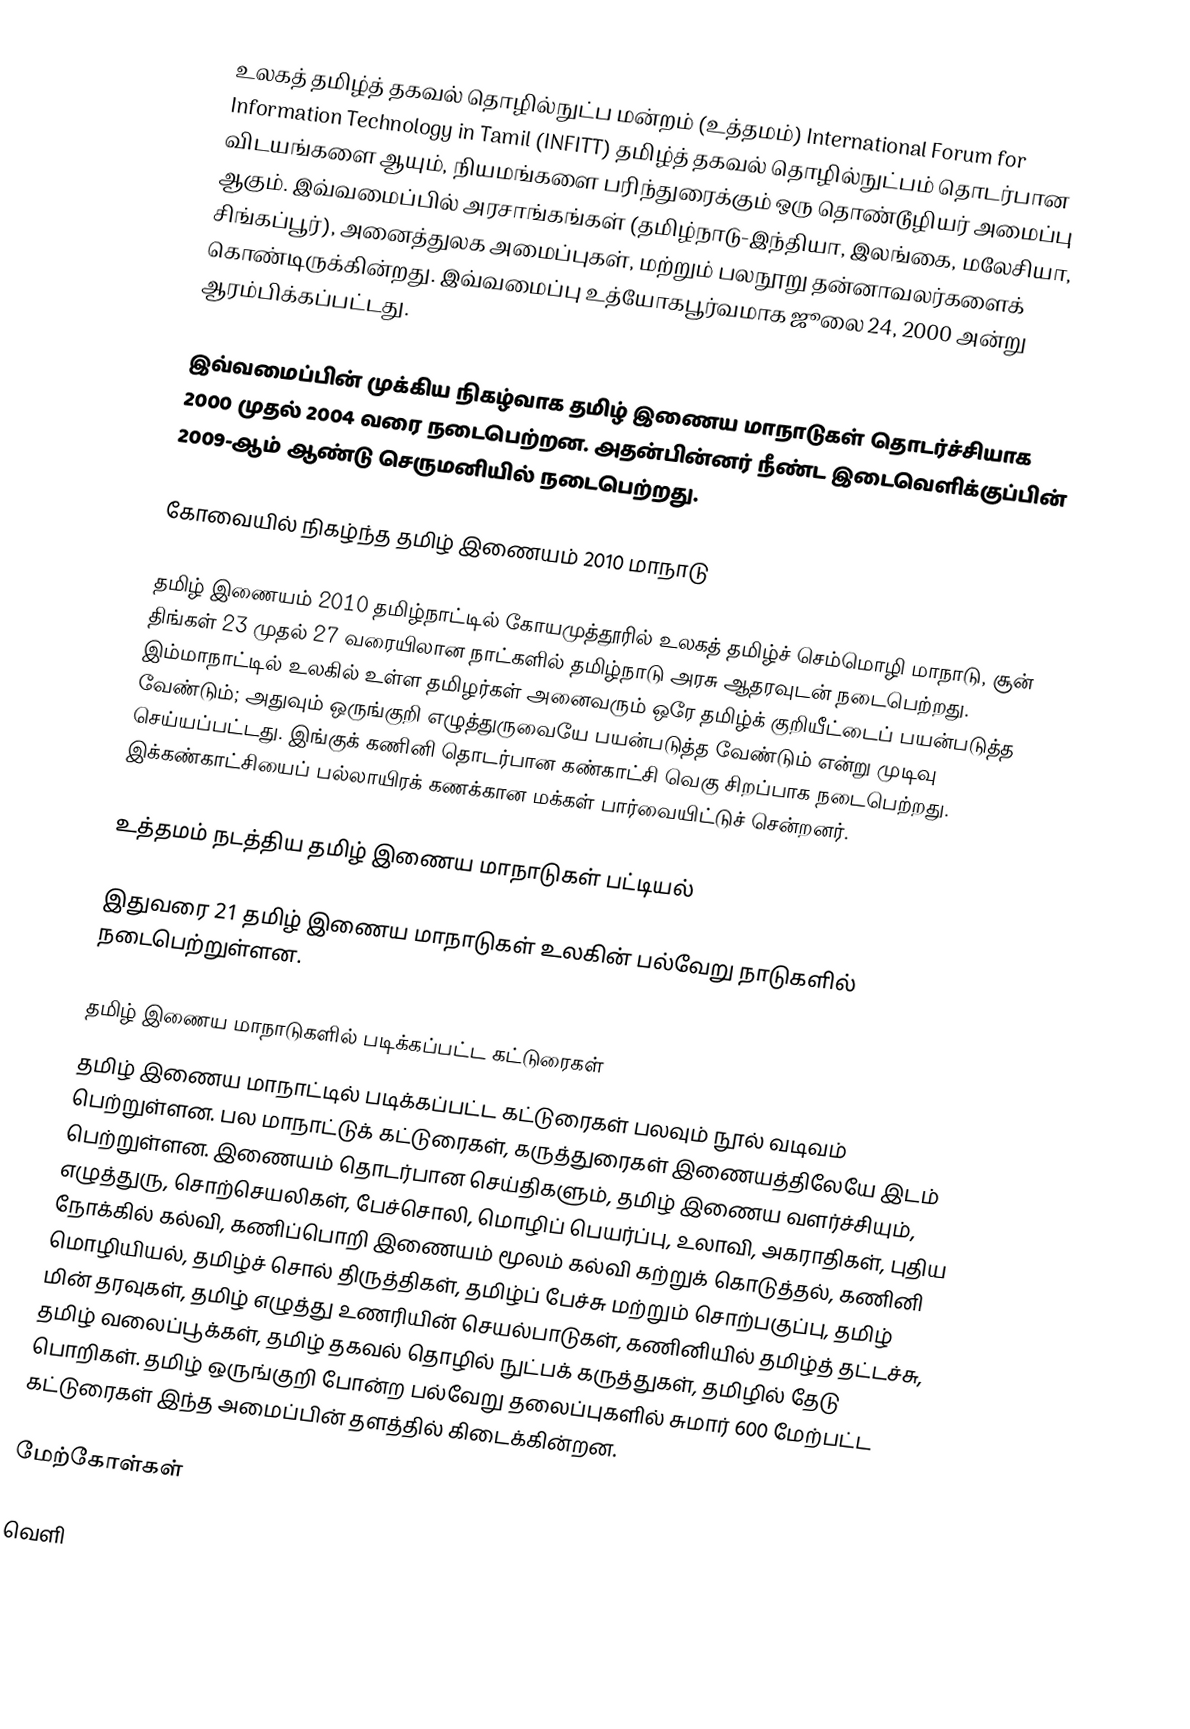
உலகத் தமிழ்த் தகவல் தொழில்நுட்ப மன்றம் (உத்தமம்) International Forum for Information Technology in Tamil (INFITT) தமிழ்த் தகவல் தொழில்நுட்பம் தொடர்பான விடயங்களை ஆயும், நியமங்களை பரிந்துரைக்கும் ஒரு தொண்டூழியர் அமைப்பு ஆகும்.  இவ்வமைப்பில் அரசாங்கங்கள் (தமிழ்நாடு-இந்தியா, இலங்கை, மலேசியா, சிங்கப்பூர்), அனைத்துலக அமைப்புகள், மற்றும் பலநூறு தன்னாவலர்களைக் கொண்டிருக்கின்றது.  இவ்வமைப்பு உத்யோகபூர்வமாக ஜூலை 24, 2000 அன்று ஆரம்பிக்கப்பட்டது.

இவ்வமைப்பின் முக்கிய நிகழ்வாக தமிழ் இணைய மாநாடுகள் தொடர்ச்சியாக 2000 முதல் 2004 வரை நடைபெற்றன.  அதன்பின்னர் நீண்ட இடைவெளிக்குப்பின் 2009-ஆம் ஆண்டு செருமனியில் நடைபெற்றது.

கோவையில் நிகழ்ந்த தமிழ் இணையம் 2010 மாநாடு

தமிழ் இணையம் 2010 தமிழ்நாட்டில் கோயமுத்தூரில் உலகத் தமிழ்ச் செம்மொழி மாநாடு, சூன் திங்கள் 23 முதல் 27 வரையிலான நாட்களில் தமிழ்நாடு அரசு ஆதரவுடன் நடைபெற்றது. இம்மாநாட்டில் உலகில் உள்ள தமிழர்கள் அனைவரும் ஒரே தமிழ்க் குறியீட்டைப் பயன்படுத்த வேண்டும்; அதுவும் ஒருங்குறி எழுத்துருவையே பயன்படுத்த வேண்டும் என்று முடிவு செய்யப்பட்டது. இங்குக் கணினி தொடர்பான கண்காட்சி வெகு சிறப்பாக நடைபெற்றது. இக்கண்காட்சியைப் பல்லாயிரக் கணக்கான மக்கள் பார்வையிட்டுச் சென்றனர்.

உத்தமம் நடத்திய தமிழ் இணைய மாநாடுகள் பட்டியல்

இதுவரை 21 தமிழ் இணைய மாநாடுகள் உலகின் பல்வேறு நாடுகளில் நடைபெற்றுள்ளன.

தமிழ் இணைய மாநாடுகளில் படிக்கப்பட்ட கட்டுரைகள்
தமிழ் இணைய மாநாட்டில் படிக்கப்பட்ட கட்டுரைகள் பலவும் நூல் வடிவம் பெற்றுள்ளன. பல மாநாட்டுக் கட்டுரைகள், கருத்துரைகள் இணையத்திலேயே இடம் பெற்றுள்ளன. இணையம் தொடர்பான செய்திகளும், தமிழ் இணைய வளர்ச்சியும், எழுத்துரு, சொற்செயலிகள், பேச்சொலி, மொழிப் பெயர்ப்பு, உலாவி, அகராதிகள், புதிய நோக்கில் கல்வி, கணிப்பொறி இணையம் மூலம் கல்வி கற்றுக் கொடுத்தல், கணினி மொழியியல், தமிழ்ச் சொல் திருத்திகள், தமிழ்ப் பேச்சு மற்றும் சொற்பகுப்பு, தமிழ் மின் தரவுகள், தமிழ் எழுத்து உணரியின் செயல்பாடுகள், கணினியில் தமிழ்த் தட்டச்சு, தமிழ் வலைப்பூக்கள், தமிழ் தகவல் தொழில் நுட்பக் கருத்துகள், தமிழில் தேடு பொறிகள். தமிழ் ஒருங்குறி போன்ற பல்வேறு தலைப்புகளில் சுமார் 600 மேற்பட்ட கட்டுரைகள் இந்த அமைப்பின் தளத்தில் கிடைக்கின்றன.

மேற்கோள்கள்

வெளி